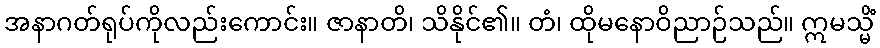
အနာဂတ်ရုပ်ကိုလည်းကောင်း။ ဇာနာတိ၊ သိနိုင်၏။ တံ၊ ထိုမနောဝိညာဉ်သည်။ ဣမသ္မိံ